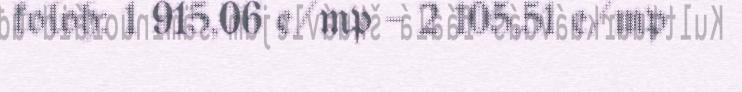
koloh: 1 915,06 e/mp – 2 105,51 e/mp